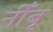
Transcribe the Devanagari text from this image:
नीँबू